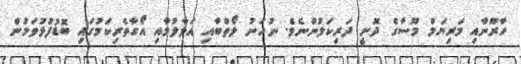
ހާރޫނާއި މަރިޔަމް މޫސާގެ ދޮށީ ދަރިކަލުންނެވެ. ނުހަނު ލޯތްބާއި އަޅާލުމާއި އޯގާތެރިކަމުގައި ބޮޑުފުޅުވަމުން